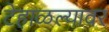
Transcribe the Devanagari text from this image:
टेहाळल्यावर